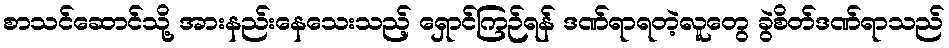
စာသင်ဆောင်သို့ အားနည်းနေသေးသည့် ရှောင်ကြဉ်ရန် ဒဏ်ရာရတဲ့လူတွေ ခွဲစိတ်ဒဏ်ရာသည်